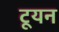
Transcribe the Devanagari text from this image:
टूयन